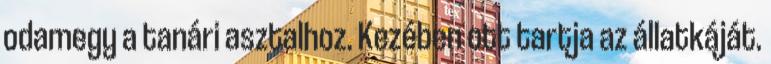
odamegy a tanári asztalhoz. Kezében ott tartja az állatkáját.